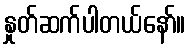
နှုတ်ဆက်ပါတယ်နော်။